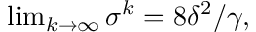
\begin{array} { r } { \operatorname* { l i m } _ { k \rightarrow \infty } \sigma ^ { k } = 8 \delta ^ { 2 } / \gamma , } \end{array}